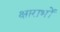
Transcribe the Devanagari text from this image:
क्षाराभों